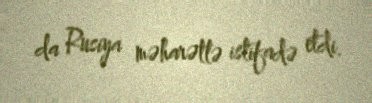
da Rusiya məharətlə istifadə etdi.